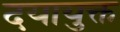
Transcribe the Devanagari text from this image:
दयायुक्त